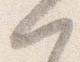
門